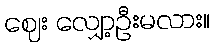
ဈေး လျှော့ဦးမလား။